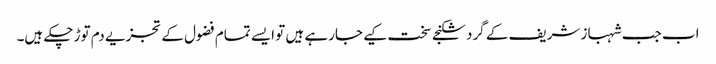
اب جب شہباز شریف کے گرد شکنجے سخت کیے جارہے ہیں تو ایسے تمام فضول کے تجزیے دم توڑ چکے ہیں۔